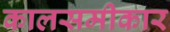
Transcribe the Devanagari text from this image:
कालसमीकार